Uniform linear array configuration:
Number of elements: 48
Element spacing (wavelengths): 0.5
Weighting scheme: binomial
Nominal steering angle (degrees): -15
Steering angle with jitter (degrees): -15.481
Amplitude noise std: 0.05
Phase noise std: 0.05

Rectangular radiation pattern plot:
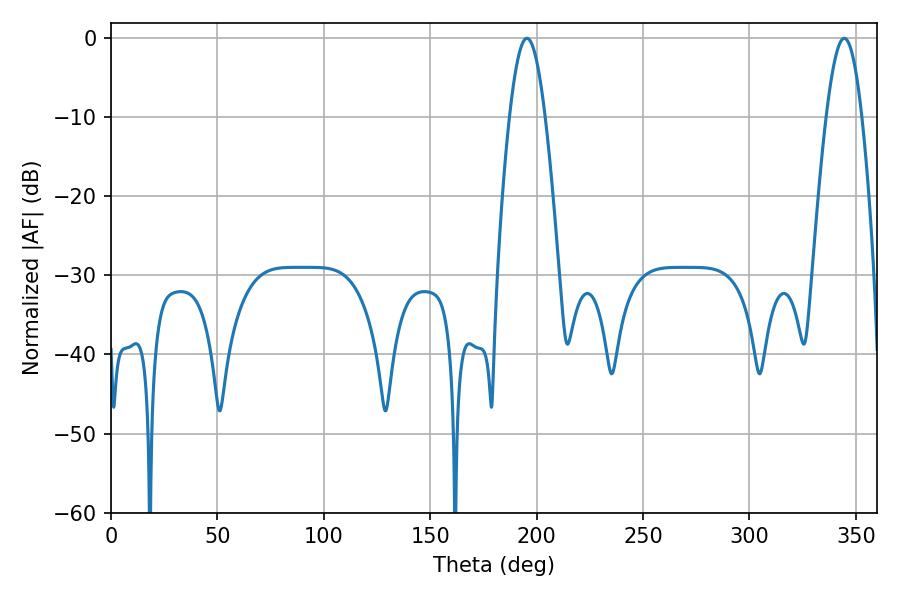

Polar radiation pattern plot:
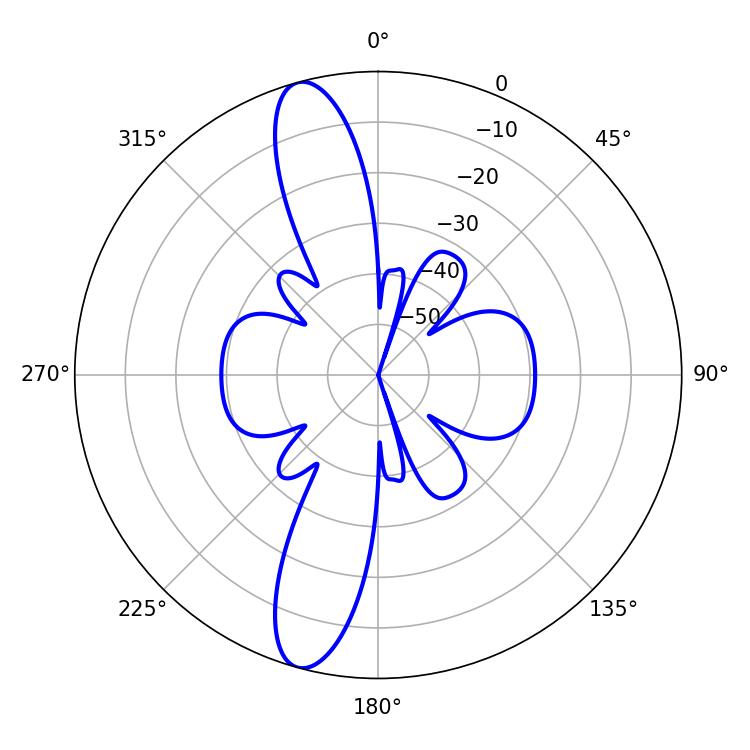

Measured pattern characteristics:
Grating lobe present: FALSE
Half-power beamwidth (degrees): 9
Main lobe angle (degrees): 195.48